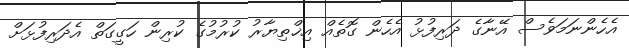
އެހެންނަމަވެސް އޭނާގެ ދަރިފުޅު އެހެން ގޮތެއް އިޚްތިޔާރު ކުރުމުގެ ކުރިން ހަގީގަތް އެދަރިފުޅަށް